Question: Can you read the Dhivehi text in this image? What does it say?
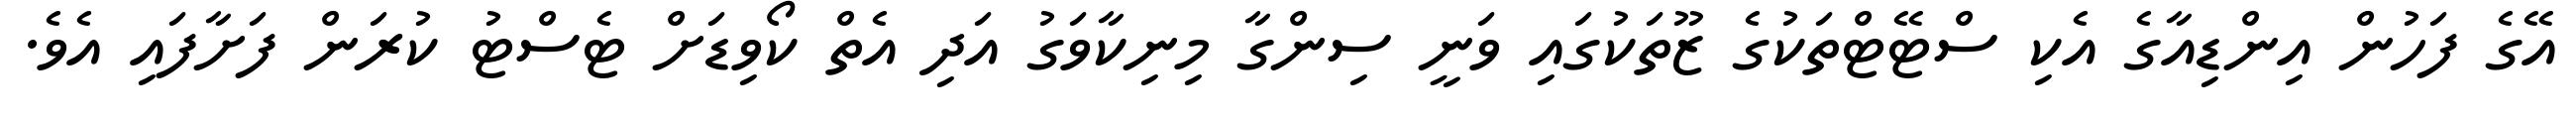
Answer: އޭގެ ފަހުން އިންޑިއާގެ އެކި ސްޓޭޓްތަކުގެ ޒޫތަކުގައި ވަނީ ސިންގާ މިނިކާވަގު އަދި އެތް ކޯވިޑަށް ޓެސްޓު ކުރަން ފަށާފައި އެވެ.